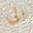
الى